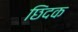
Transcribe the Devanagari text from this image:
छिंदक